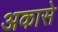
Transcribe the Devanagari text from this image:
अकासे